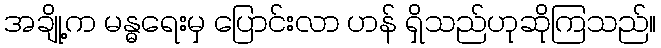
အချို့က မန္ဓရေးမှ ပြောင်းလာ ဟန် ရှိသည်ဟုဆိုကြသည်။